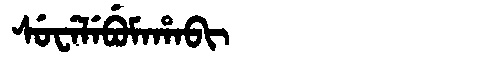
Manchu: ᠰᡠᠸᡝᠯᡝᠪᡠᠮᠠᡥᠠᠪᡳ
Romanization: SUWELEBUMAHABI